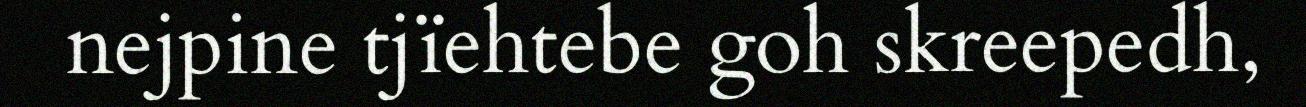
nejpine tjïehtebe goh skreepedh,